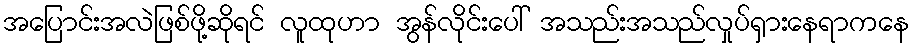
အပြောင်းအလဲဖြစ်ဖို့ဆိုရင် လူထုဟာ အွန်လိုင်းပေါ် အသည်းအသည်လှုပ်ရှားနေရာကနေ